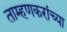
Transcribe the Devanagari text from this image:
ताम्हणकरांच्या